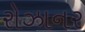
રોઝાનર